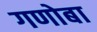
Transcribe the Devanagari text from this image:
गणोबा